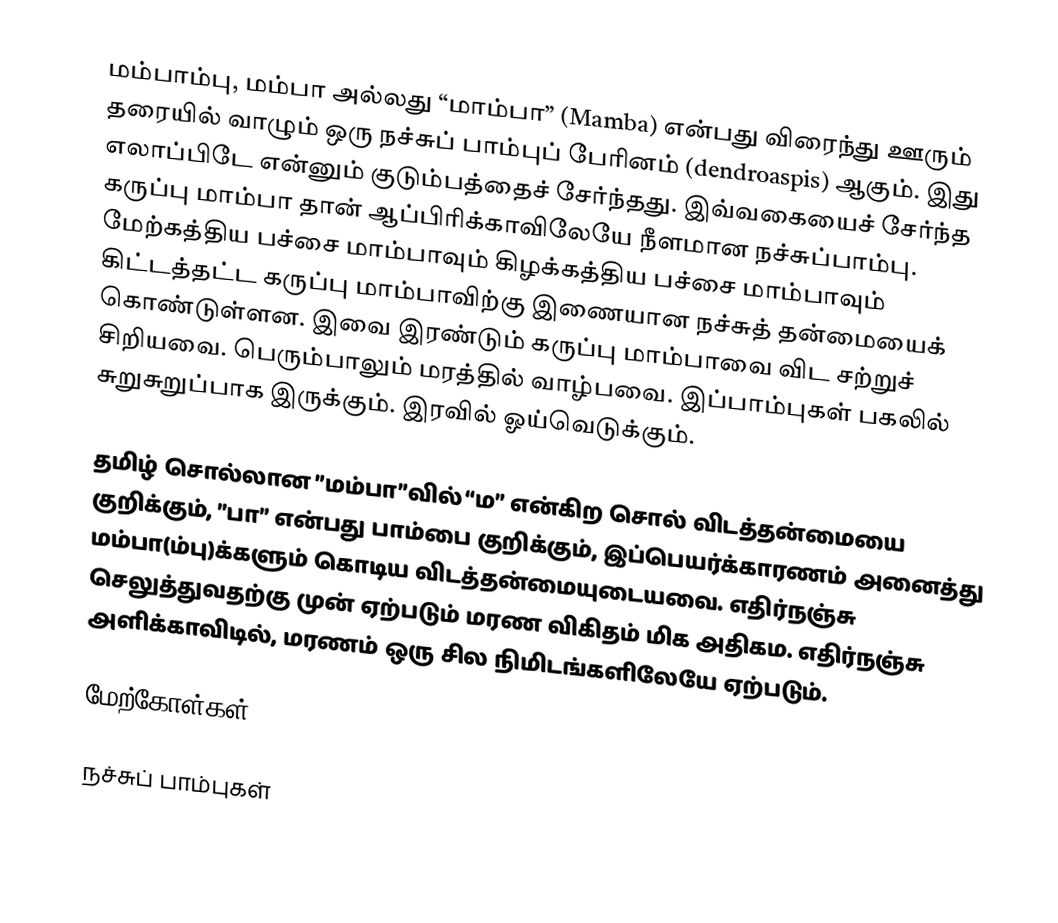
மம்பாம்பு, மம்பா அல்லது “மாம்பா” (Mamba) என்பது விரைந்து ஊரும் தரையில் வாழும் ஒரு நச்சுப் பாம்புப் பேரினம் (dendroaspis) ஆகும். இது எலாப்பிடே என்னும் குடும்பத்தைச் சேர்ந்தது. இவ்வகையைச் சேர்ந்த கருப்பு மாம்பா தான் ஆப்பிரிக்காவிலேயே நீளமான நச்சுப்பாம்பு. மேற்கத்திய பச்சை மாம்பாவும் கிழக்கத்திய பச்சை மாம்பாவும் கிட்டத்தட்ட கருப்பு மாம்பாவிற்கு இணையான நச்சுத் தன்மையைக் கொண்டுள்ளன. இவை இரண்டும் கருப்பு மாம்பாவை விட சற்றுச் சிறியவை. பெரும்பாலும் மரத்தில் வாழ்பவை. இப்பாம்புகள் பகலில் சுறுசுறுப்பாக இருக்கும். இரவில் ஓய்வெடுக்கும்.

தமிழ் சொல்லான ”மம்பா”வில் “ம” என்கிற சொல் விடத்தன்மையை குறிக்கும், ”பா” என்பது பாம்பை குறிக்கும், இப்பெயர்க்காரணம்  அனைத்து மம்பா(ம்பு)க்களும் கொடிய விடத்தன்மையுடையவை. எதிர்நஞ்சு  செலுத்துவதற்கு முன் ஏற்படும் மரண விகிதம் மிக அதிகம. எதிர்நஞ்சு அளிக்காவிடில், மரணம் ஒரு சில நிமிடங்களிலேயே ஏற்படும்.

மேற்கோள்கள்

நச்சுப் பாம்புகள்